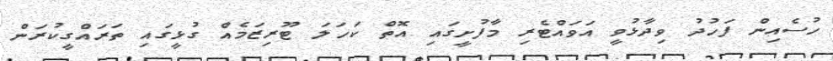
ހުސެއިން ފަހުދު ވިދާޅުވީ އަވައްޓެރި މާފުށީގައި އޮތް ކަހަލަ ޓޫރިޒަމެއް ގުޅީގައި ތަރައްގީކުރަން